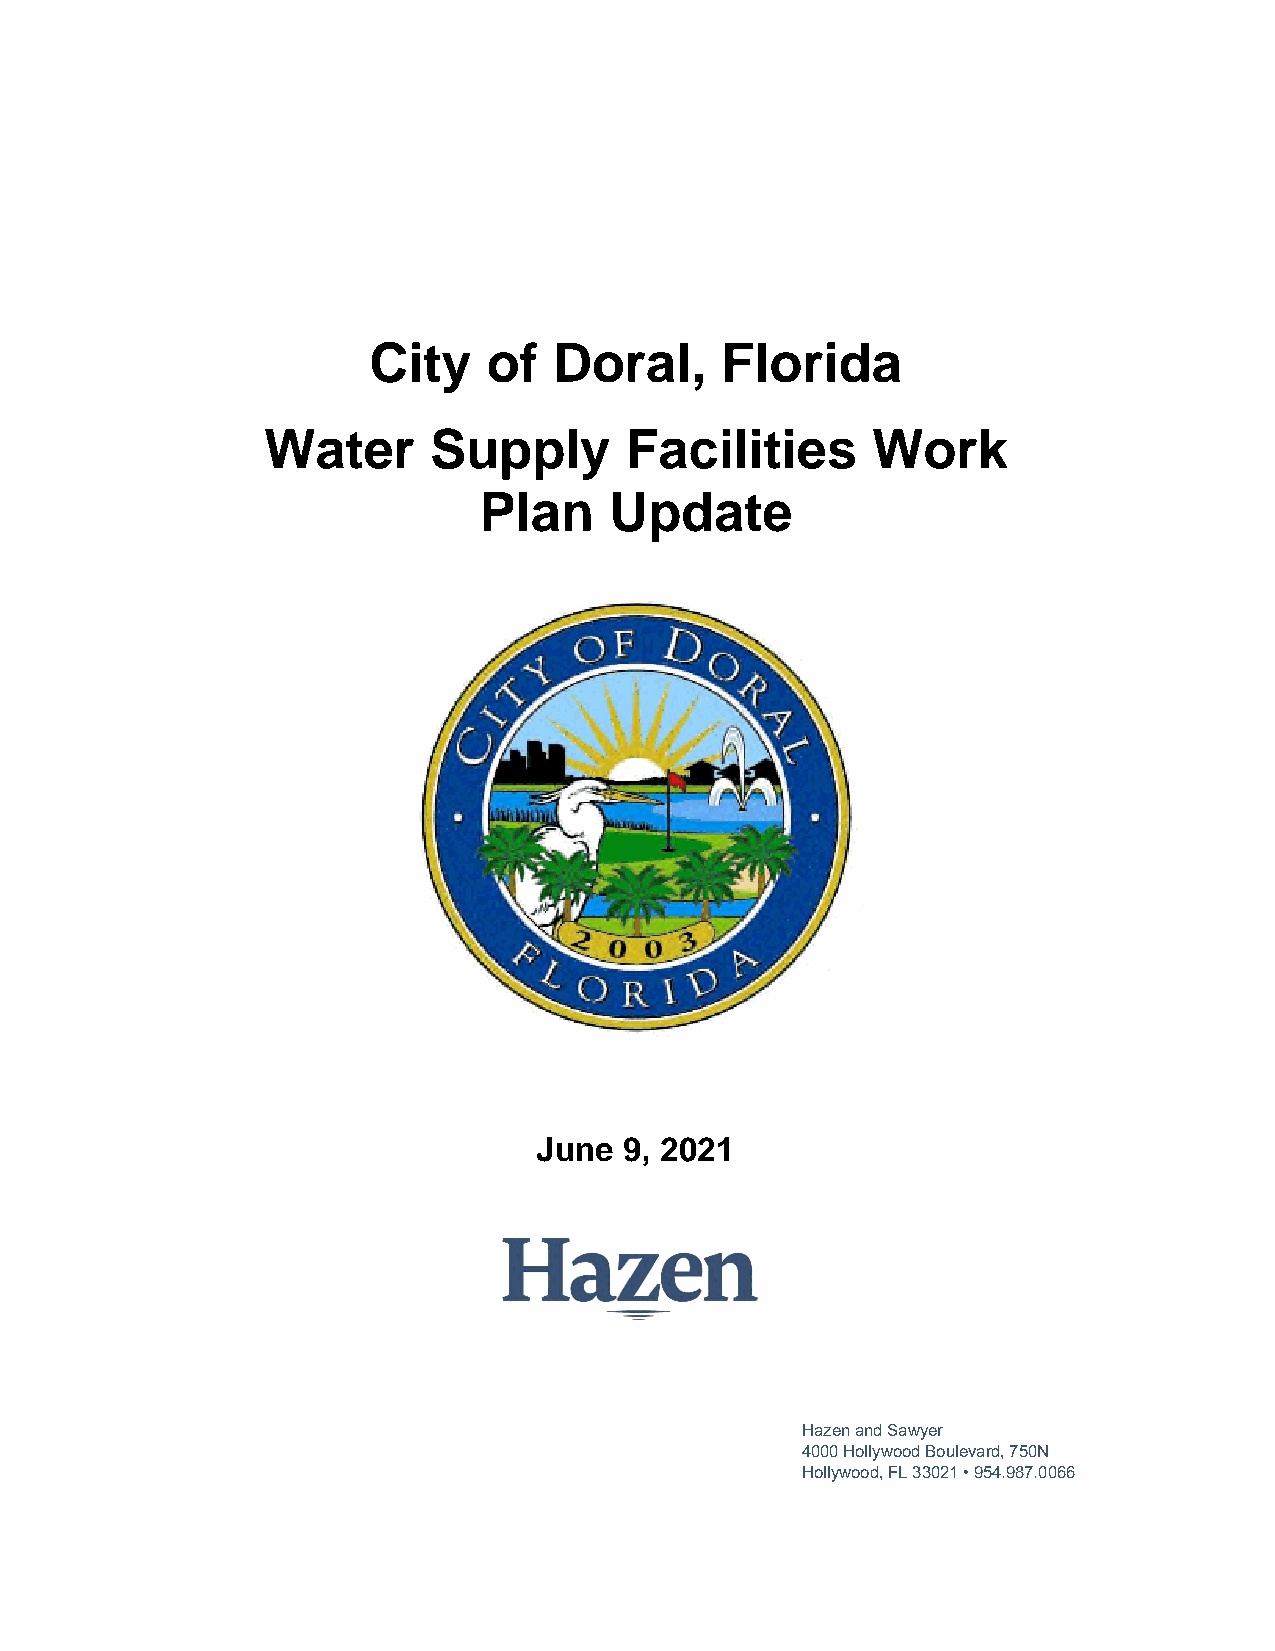
City    of   Doral,     Florida
 Water      Supply       Facilities       Work
 Plan    Update
 June 9, 2021
 HazenandSawyer
 4000HollywoodBoulevard,750N
 Hollywood,FL33021•954.987.0066